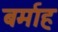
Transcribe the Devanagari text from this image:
बर्माह